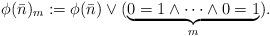
LaTeX: \begin{align*}\phi(\bar n)_m:= \phi(\bar n)\vee(\underbrace{0=1\wedge\dots\wedge 0=1}_m).\end{align*}